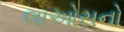
લાઓસનો